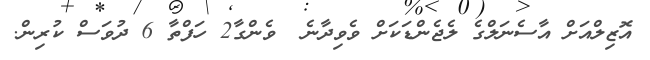
އޮޒިލްއަށް އާސެނަލްގެ ލެޖެންޑަކަށް ވެވިދާނެ  ވެންގާ2 ހަފްތާ 6 ދުވަސް ކުރިން.